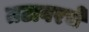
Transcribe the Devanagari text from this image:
तटावरचे